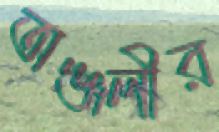
অঞ্জলীর